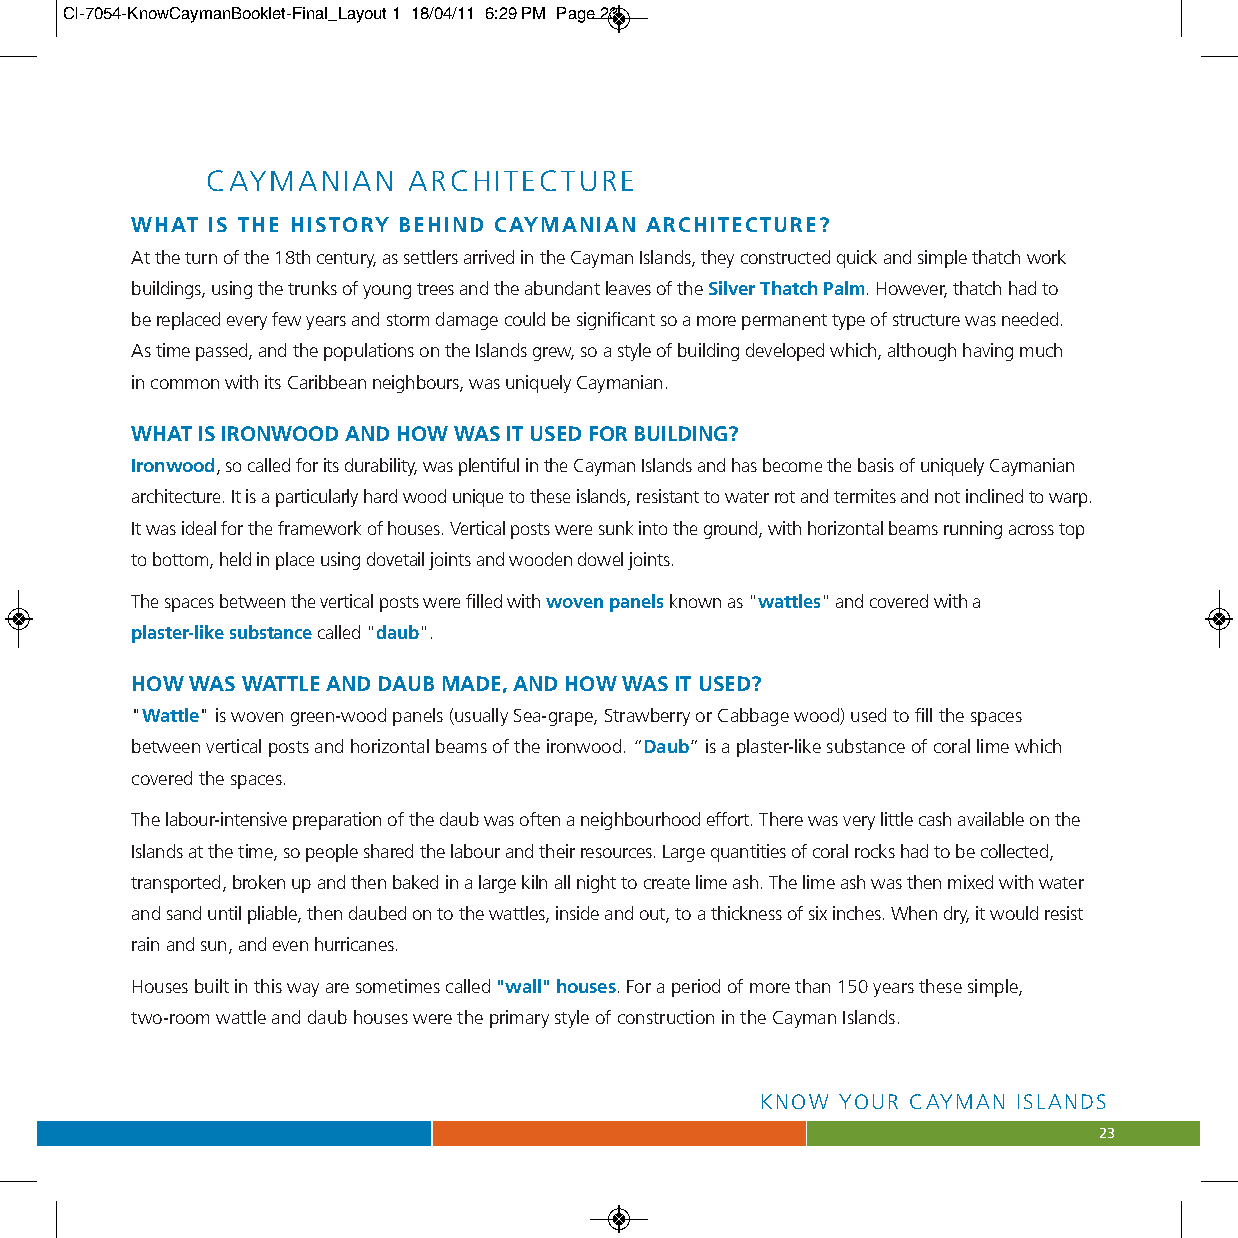
CI-7054-KnowCaymanBooklet-Final_Layout 1 18/04/11 6:29 PM Page 23
 CAYMANIAN    ARCHITECTURE
 WHAT IS THE HISTORY BEHIND CAYMANIAN ARCHITECTURE?
 At the turn of the 18th century, as settlers arrived in the Cayman Islands, they constructed quick and simple thatch work
 buildings, using the trunks of young trees and the abundant leaves of the Silver Thatch Palm. However, thatch had to
 be replaced every few years and storm damage could be significant so a more permanent type of structure was needed.
 As time passed, and the populations on the Islands grew, so a style of building developed which, although having much
 in common with its Caribbean neighbours, was uniquely Caymanian.
 WHAT IS IRONWOOD AND HOW WAS IT USED FOR BUILDING?
 Ironwood, so called for its durability, was plentiful in the Cayman Islands and has become the basis of uniquely Caymanian
 architecture. It is a particularly hard wood unique to these islands, resistant to water rot and termites and not inclined to warp.
 It was ideal for the framework of houses. Vertical posts were sunk into the ground, with horizontal beams running across top
 to bottom, held in place using dovetail joints and wooden dowel joints.
 The spaces between the vertical posts were filled with woven panelsknown as "wattles" and covered with a
 plaster-like substance called "daub".
 HOW WAS WATTLE AND DAUB MADE, AND HOW WAS IT USED?
 "Wattle" is woven green-wood panels (usually Sea-grape, Strawberry or Cabbage wood) used to fill the spaces
 between vertical posts and horizontal beams of the ironwood. “Daub” is a plaster-like substance of coral lime which
 covered the spaces.
 The labour-intensive preparation of the daub was often a neighbourhood effort. There was very little cash available on the
 Islands at the time, so people shared the labour and their resources. Large quantities of coral rocks had to be collected,
 transported, broken up and then baked in a large kiln all night to create lime ash. The lime ash was then mixed with water
 and sand until pliable, then daubed on to the wattles, inside and out, to a thickness of six inches. When dry, it would resist
 rain and sun, and even hurricanes.
 Houses built in this way are sometimes called "wall" houses. For a period of more than 150 years these simple,
 two-room wattle and daub houses were the primary style of construction in the Cayman Islands.
 KNOW  YOUR CAYMAN ISLANDS
 23